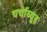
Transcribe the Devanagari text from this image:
चर्चाव्यूह